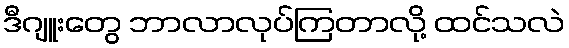
ဒီဂျူးတွေ ဘာလာလုပ်ကြတာလို့ ထင်သလဲ